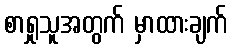
စာရှုသူအတွက် မှာထားချက်